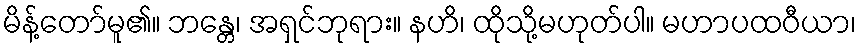
မိန့်တော်မူ၏။ ဘန္တေ၊ အရှင်ဘုရား။ နဟိ၊ ထိုသို့မဟုတ်ပါ။ မဟာပထဝီယာ၊